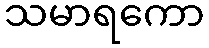
သမာရကော